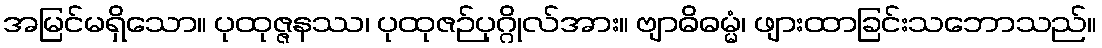
အမြင်မရှိသော။ ပုထုဇ္ဇနဿ၊ ပုထုဇဉ်ပုဂ္ဂိုလ်အား။ ဗျာဓိဓမ္မံ၊ ဖျားထာခြင်းသဘောသည်။